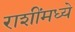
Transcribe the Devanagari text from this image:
राशींमध्ये